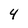
Character: 4